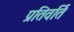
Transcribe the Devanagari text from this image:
प्रतिवर्ति